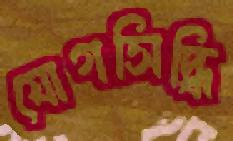
যোগসিদ্ধি